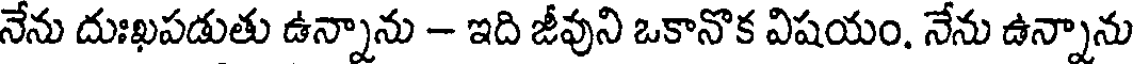
నేను దుఃఖపడుతు ఉన్నాను - ఇది జీవుని ఒకానొక విషయం. నేను ఉన్నాను